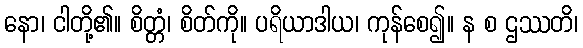
နော၊ ငါတို့၏။ စိတ္တံ၊ စိတ်ကို။ ပရိယာဒါယ၊ ကုန်စေ၍။ န စ ဌဿတိ၊